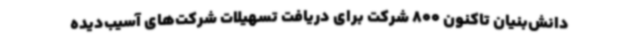
دانش‌بنیان تاکنون 800 شرکت برای دریافت تسهیلات شرکت‌های آسیب‌دیده